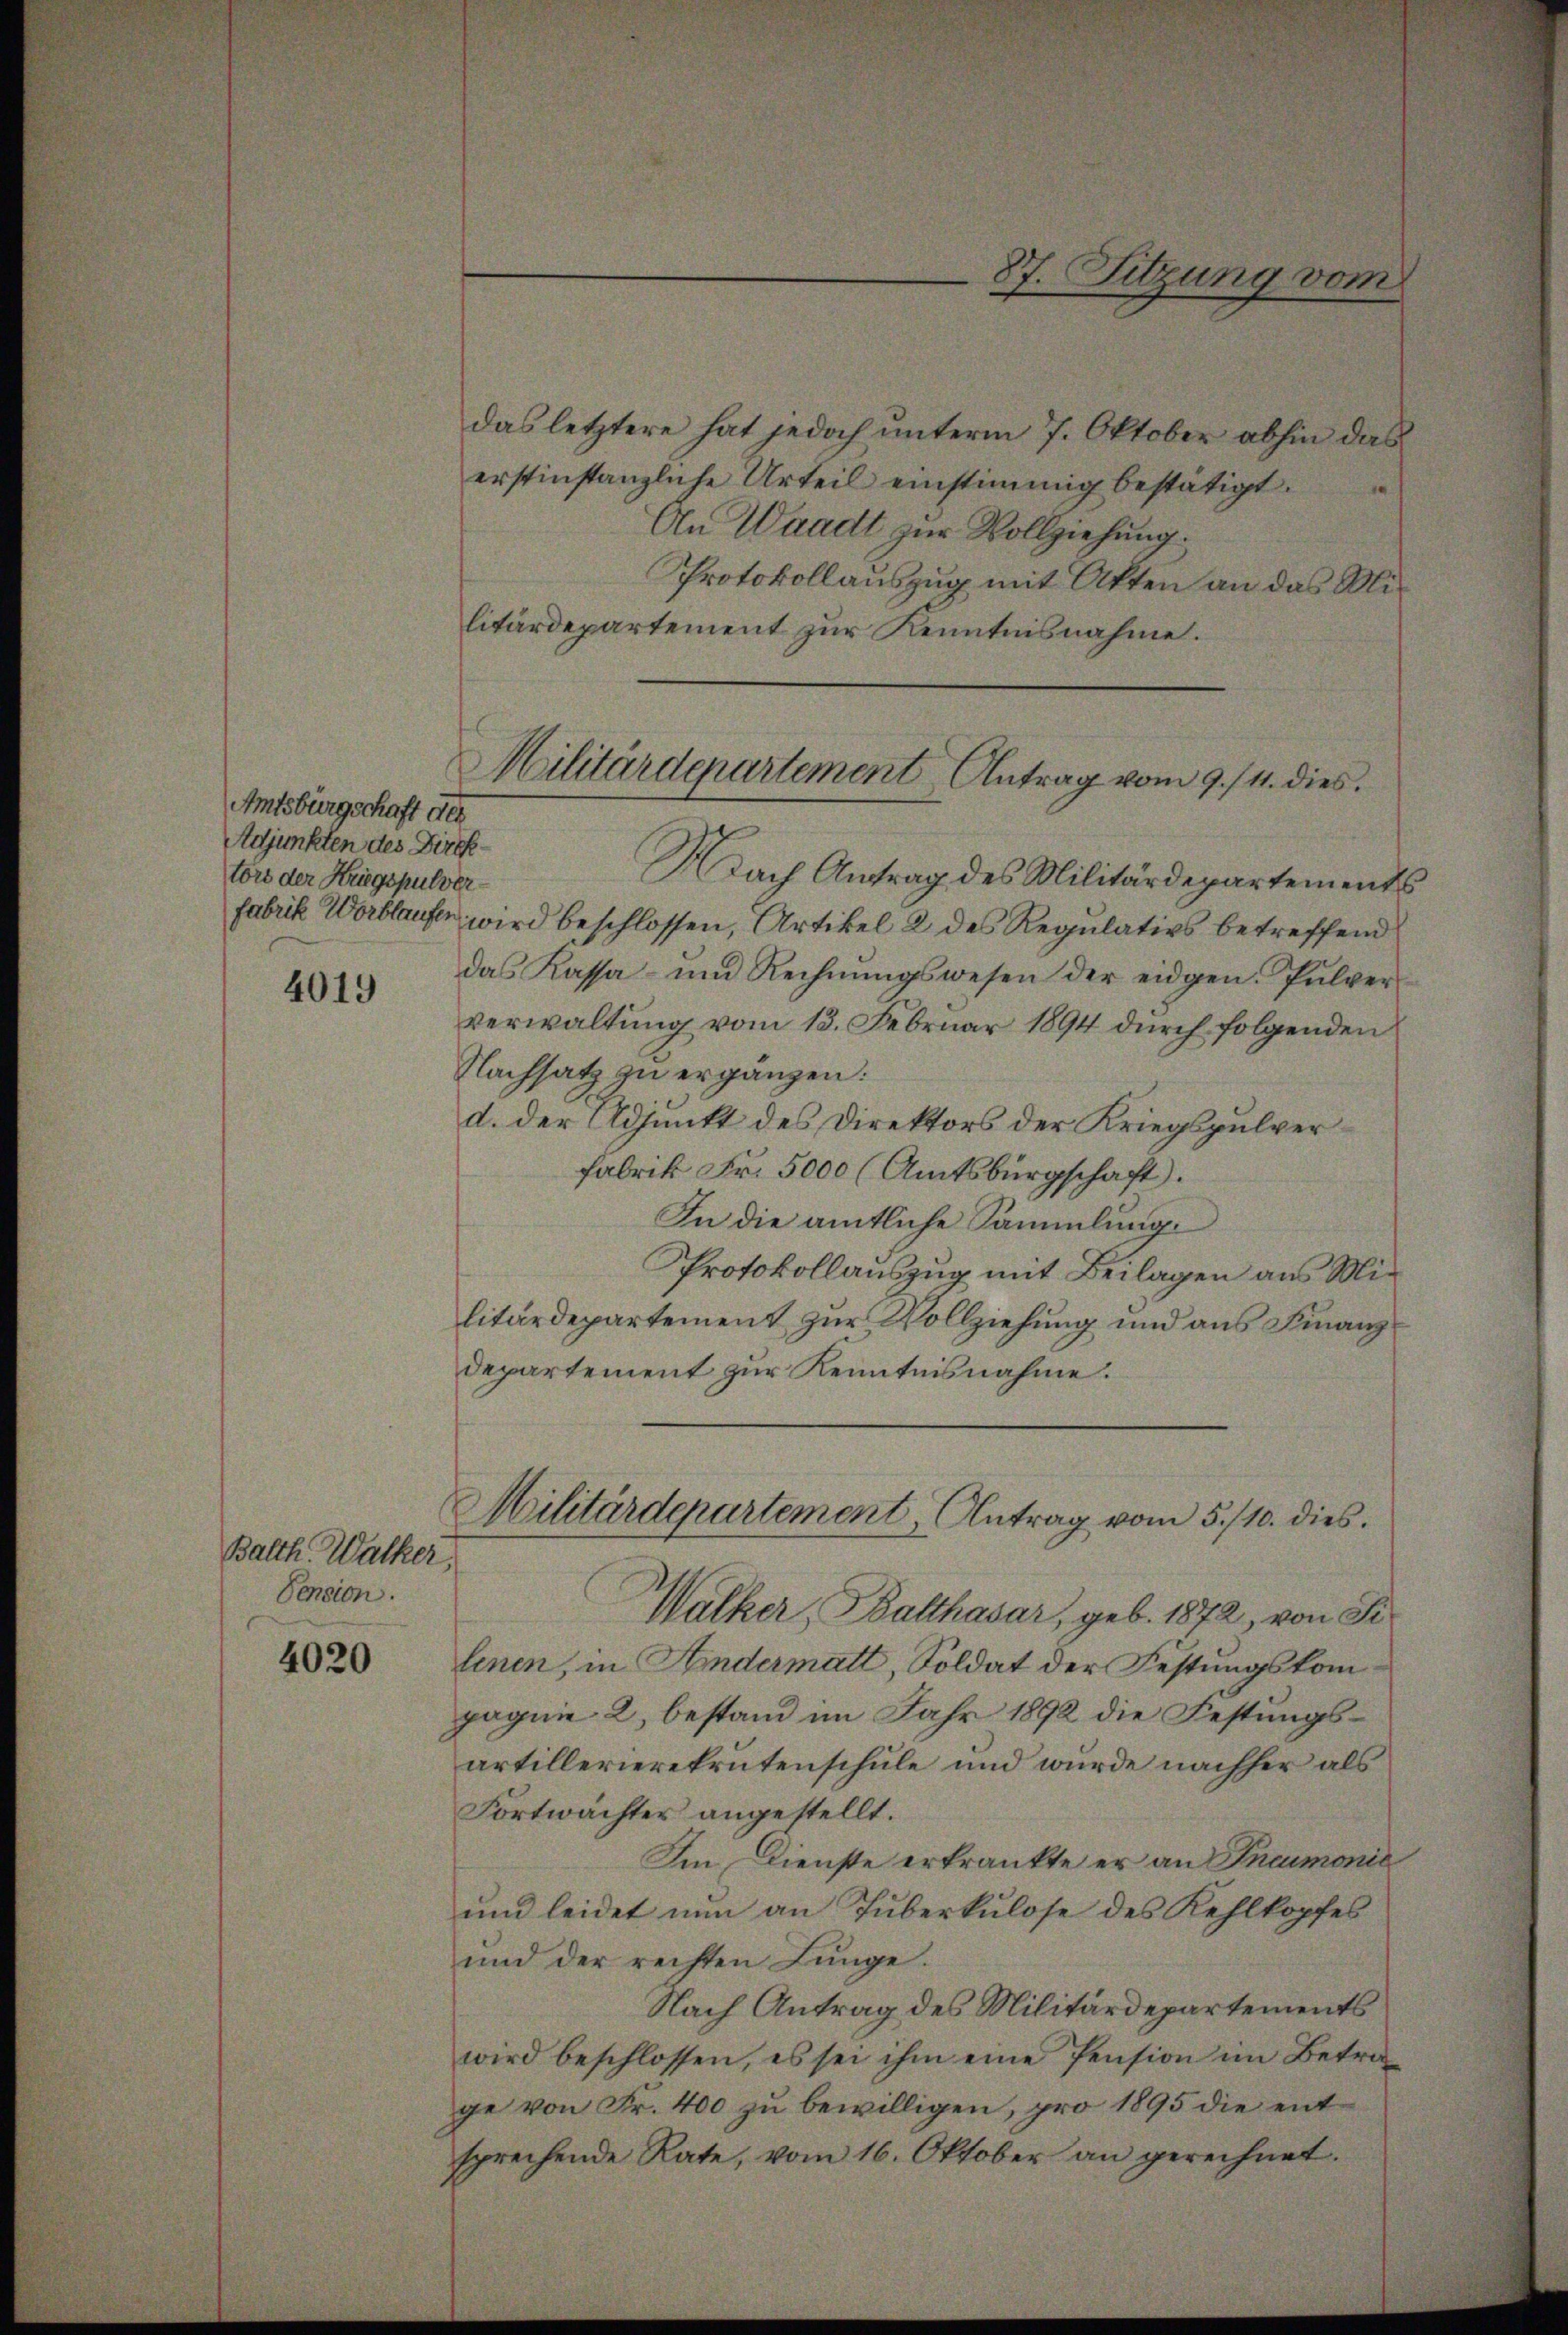
Amtsbürgschaft des
Adjunkten des Direktors der Kriegspulver¬

4019

Balth. Walker,
Pension.

4020

das letztere hat jedoch unterm 7. Oktober abhin das
erstinstanzliche Urteil einstimmig bestätigt.
An Waadt zur Vollziehung.
Protokollauszug mit Akten an das Militärdepartement zur Kenntnisnahme.
Nach Antrag des Militärdepartements
fabrik Wortlaufen wird beschlossen, Artikel 2 des Regulativs betreffend
das Kassa- und Rechnŭngswesen der eidgen. Pulver-
verwaltŭng vom 13. Februar 1894 dŭrch folgenden
Nachsatz zu ergänzen:
d. der Adjunkt des Direktors der Kriegspulver¬
Fabrik Fr. 5000 (Amtsbürgschaft).
In die amtliche Sammlung.
Protokollauszug mit Beilagen aus Militärdepartement zur Vollziehung und aus Finanz
departement zur Kenntnisnahme.
Militärdepartement, Antrag vom 5./10. dies
Walker, Balthasar, geb. 1872, von Sr.
lenen, in Hindermatt, Soldat der Festungskompagnie 2, bestand im Jahr 1892 die Festungsartillerierekrutenschule und wurde nachher als
Fortwächter angestellt.
Im Dienste erkränkte er an Pneumonić
und leidet nun an Tuberkulose des Kehlkopfes
und der rechten Lunge.
Nach Antrag des Militärdepartements
wird beschlossen, es sei ihm eine Pension im Betra-
ge von Fr. 400 zu bewilligen, pro 1895 die entsprechende Rate, vom 16. Oktober an gerechnet.

87. Sitzung vom

Militärdepartement Antrag vom 9./4. dies